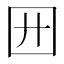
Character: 㘟